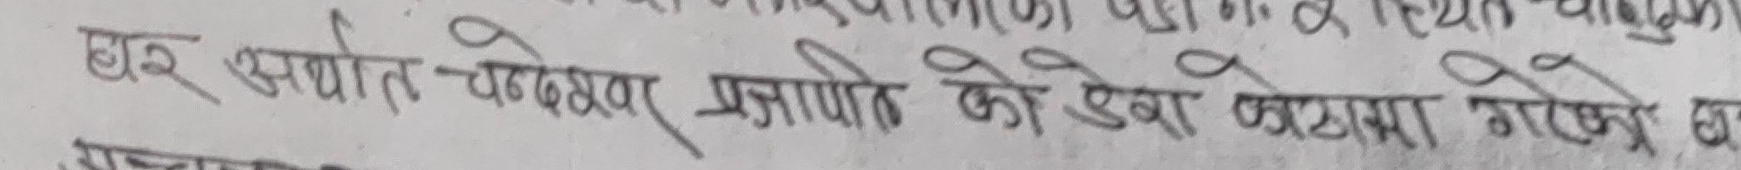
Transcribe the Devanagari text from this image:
घर सयोन चम्लेश्वर प्रजापतिको उडाणमा गऐछु छ।